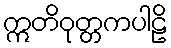
ဣတိဝုတ္တကပါဠိ